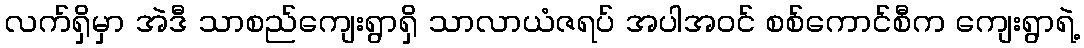
လက်ရှိမှာ အဲဒီ သာစည်ကျေးရွာရှိ သာလာယံဇရပ် အပါအဝင် စစ်ကောင်စီက ကျေးရွာရဲ့